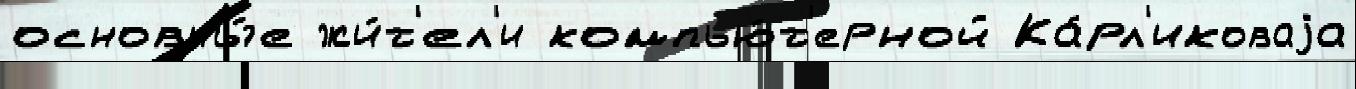
основны́е жи́т'ел'и компью́т'ерной Ка́рл'иковаjа